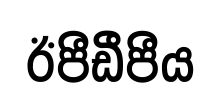
ඊපීඩීපීය